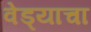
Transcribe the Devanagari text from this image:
वेड्याचा